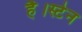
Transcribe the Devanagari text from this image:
है।स्टेन